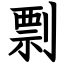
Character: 剽